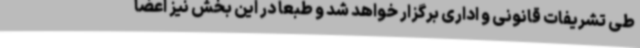
طی تشریفات‌ قانونی و اداری برگزار خواهد شد و طبعا در این بخش نیز اعضا